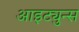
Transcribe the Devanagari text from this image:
आइट्युन्स